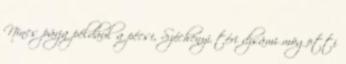
Nincs párja például a pécsi, Széchenyi téri dzsámi mögötti